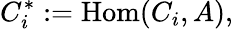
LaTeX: C_{i}^{*}:=\mathrm{Hom}(C_{i},A),